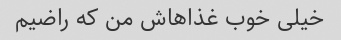
خیلی خوب غذاهاش من که راضیم